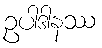
ဥပါဒါနဿ